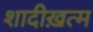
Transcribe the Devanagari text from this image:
शादीख़त्म